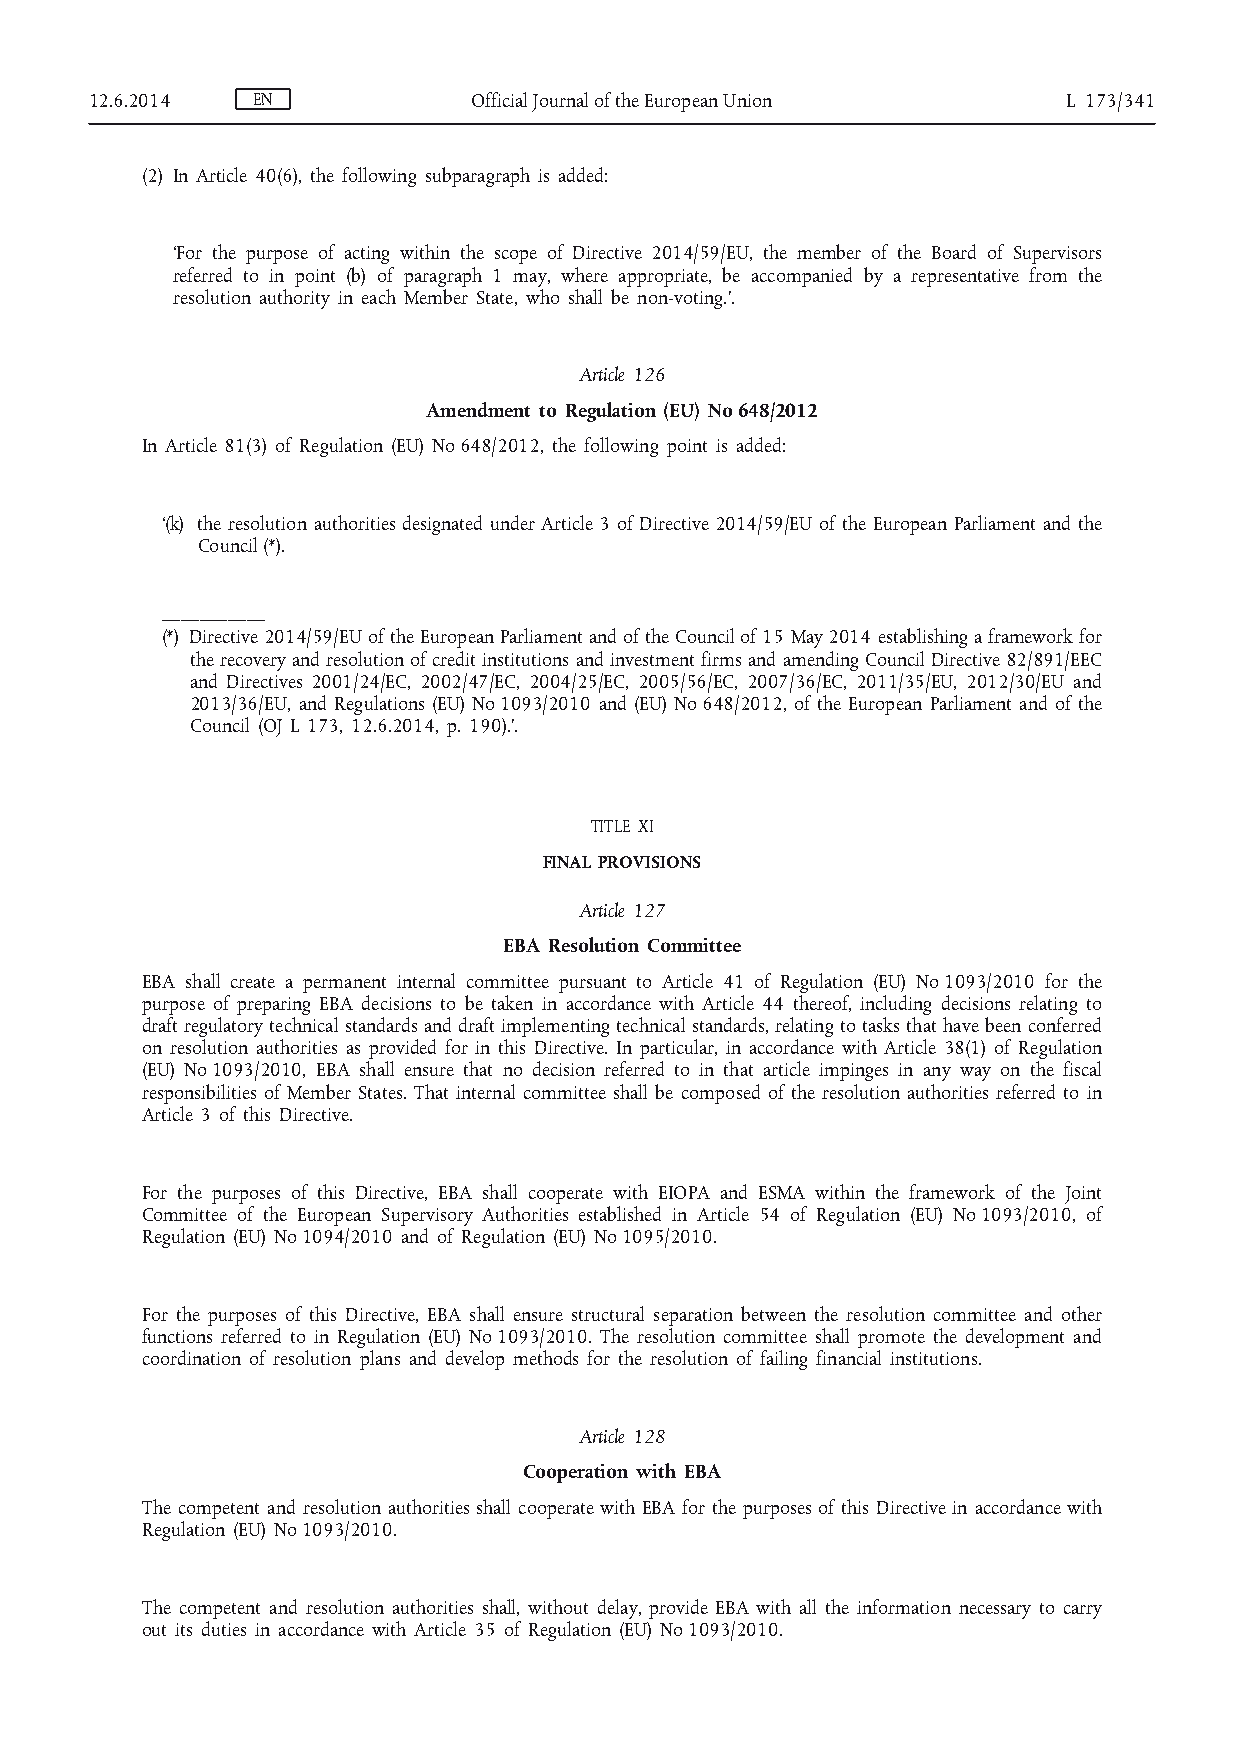
12.6.2014  EN            Official Journal of the European Union  L 173/341
 (2) In Article 40(6), the following subparagraph is added:
 ‘For the purpose of acting within the scope of Directive 2014/59/EU, the member of the Board of Supervisors
 referred to in point (b) of paragraph 1 may, where appropriate, be accompanied by a representative from the
 resolution authority in each Member State, who shall be non-voting.’.
 Article 126
 Amendment to Regulation (EU) No 648/2012
 In Article 81(3) of Regulation (EU) No 648/2012, the following point is added:
 ‘(k) the resolution authorities designated under Article 3 of Directive 2014/59/EU of the European Parliament and the
 Council (*).
 ___________
 (*) Directive 2014/59/EU of the European Parliament and of the Council of 15 May 2014 establishing a framework for
 the recovery and resolution of credit institutions and investment firms and amending Council Directive 82/891/EEC
 and Directives 2001/24/EC, 2002/47/EC, 2004/25/EC, 2005/56/EC, 2007/36/EC, 2011/35/EU, 2012/30/EU and
 2013/36/EU, and Regulations (EU) No 1093/2010 and (EU) No 648/2012, of the European Parliament and of the
 Council (OJ L 173, 12.6.2014, p. 190).’.
 TITLE XI
 FINAL PROVISIONS
 Article 127
 EBA Resolution Committee
 EBA shall create a permanent internal committee pursuant to Article 41 of Regulation (EU) No 1093/2010 for the
 purpose of preparing EBA decisions to be taken in accordance with Article 44 thereof, including decisions relating to
 draft regulatory technical standards and draft implementing technical standards, relating to tasks that have been conferred
 on resolution authorities as provided for in this Directive. In particular, in accordance with Article 38(1) of Regulation
 (EU) No 1093/2010, EBA shall ensure that no decision referred to in that article impinges in any way on the fiscal
 responsibilities of Member States. That internal committee shall be composed of the resolution authorities referred to in
 Article 3 of this Directive.
 For the purposes of this Directive, EBA shall cooperate with EIOPA and ESMA within the framework of the Joint
 Committee of the European Supervisory Authorities established in Article 54 of Regulation (EU) No 1093/2010, of
 Regulation (EU) No 1094/2010 and of Regulation (EU) No 1095/2010.
 For the purposes of this Directive, EBA shall ensure structural separation between the resolution committee and other
 functions referred to in Regulation (EU) No 1093/2010. The resolution committee shall promote the development and
 coordination of resolution plans and develop methods for the resolution of failing financial institutions.
 Article 128
 Cooperation with EBA
 The competent and resolution authorities shall cooperate with EBA for the purposes of this Directive in accordance with
 Regulation (EU) No 1093/2010.
 The competent and resolution authorities shall, without delay, provide EBA with all the information necessary to carry
 out its duties in accordance with Article 35 of Regulation (EU) No 1093/2010.